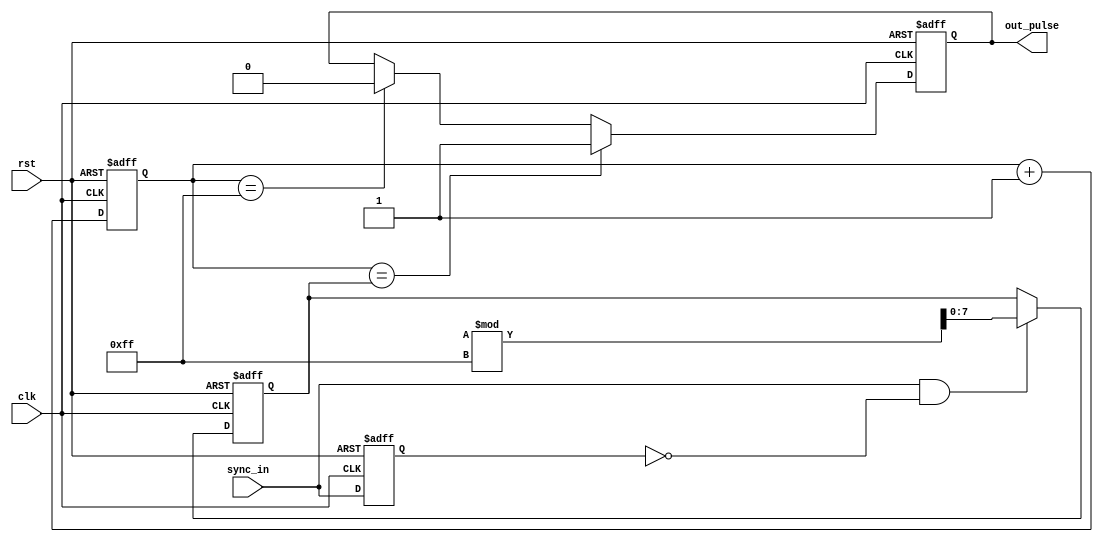
module VariablePulseWidthGenerator (
    input wire clk,
    input wire rst,
    input wire sync_in,
    output reg out_pulse
);

reg [31:0] counter;
reg [7:0] pulse_width;
reg sync_reg;

always @(posedge clk or posedge rst) begin
    if (rst) begin
        counter <= 0;
        pulse_width <= 8;
        sync_reg <= 0;
        out_pulse <= 0;
    end else begin
        counter <= counter + 1;
        
        if (sync_in && !sync_reg) begin
            pulse_width <= $random % 255; // Adjust pulse width based on control signals
        end
        
        if (counter == pulse_width) begin
            out_pulse <= 1;
        end else if (counter == 255) begin
            out_pulse <= 0;
        end
        
        sync_reg <= sync_in;
    end
end

endmodule